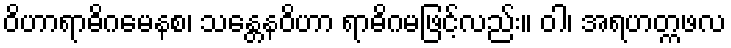
ဝိဟာရာဓိဂမေနစ၊ သန္တေနဝိဟာ ရာဓိဂမဖြင့်လည်း။ ဝါ၊ အရဟတ္ကဖလ